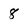
Character: 8